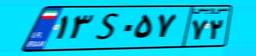
۱۳S۰۵۷۷۲